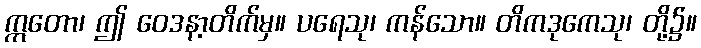
ဣတော၊ ဤ ဝေဒနာ့တိက်မှ။ ပရေသု၊ ကန်သော။ တိကဒုကေသု၊ တို့၌။